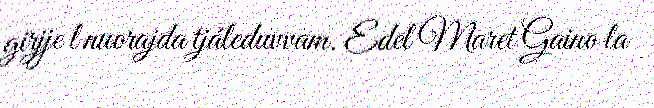
girjje l nuorajda tjáleduvvam. Edel Maret Gaino la